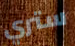
ستري